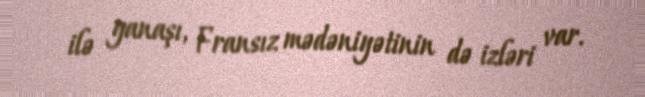
ilə yanaşı, Fransız mədəniyətinin də izləri var.